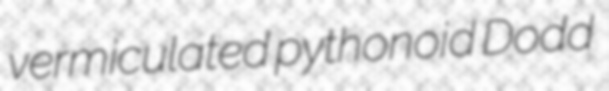
vermiculated pythonoid Dodd